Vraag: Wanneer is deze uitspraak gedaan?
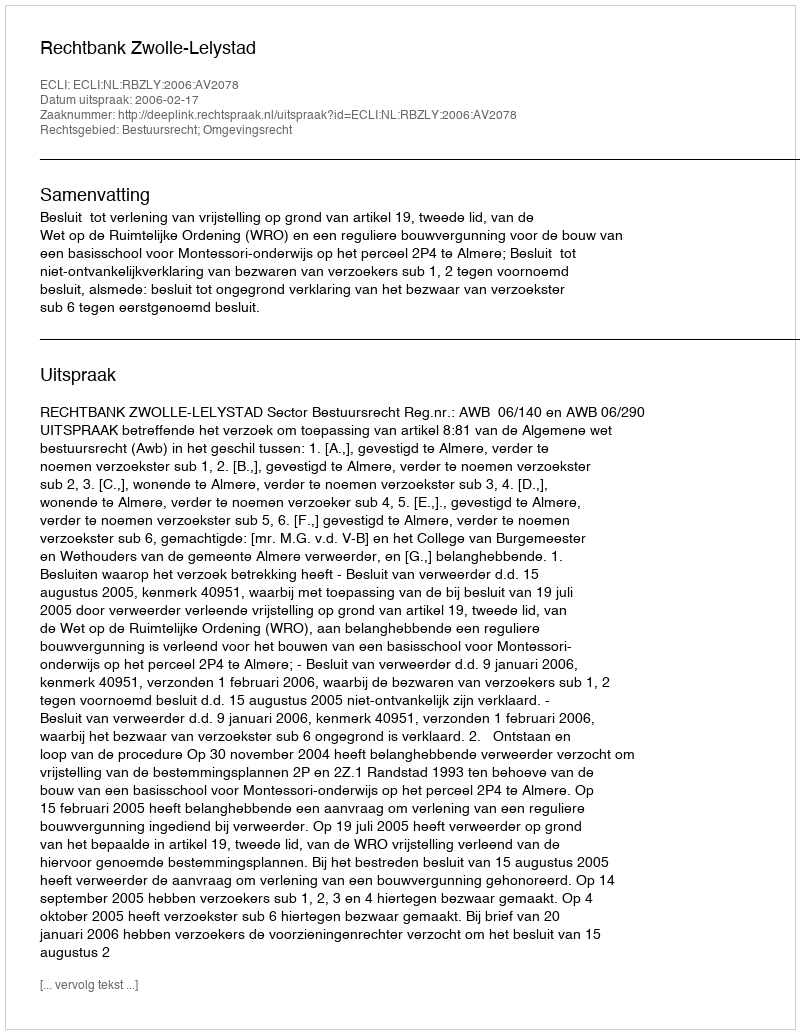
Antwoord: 2006-02-17